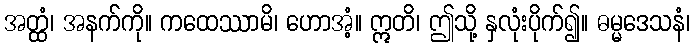
အတ္ထံ၊ အနက်ကို။ ကထေဿာမိ၊ ဟောအံ့။ ဣတိ၊ ဤသို့ နှလုံးပိုက်၍။ ဓမ္မဒေသနံ၊